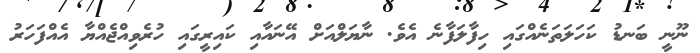
ނޫނީ ބަނޑު ކަހަލަތަނެއްގައި ހިފާލަފާނެ އެވެ. ނާޔަލްއަށް އޭނައާއި ކައިރީގައި ހުރެވިއްޖެއްޔާ އެއްފަހަރު